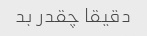
دقیقا چقدر بد